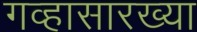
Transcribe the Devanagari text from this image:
गव्हासारख्या